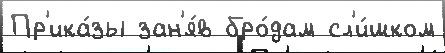
Пр'ика́зы зан'я́в бро́дам сл'и́шком